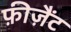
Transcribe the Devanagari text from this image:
फ़ीज़ैंट